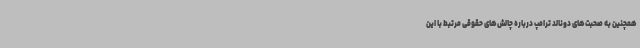
همچنین به صحبت‌های دونالد ترامپ درباره چالش‌های حقوقی مرتبط با این